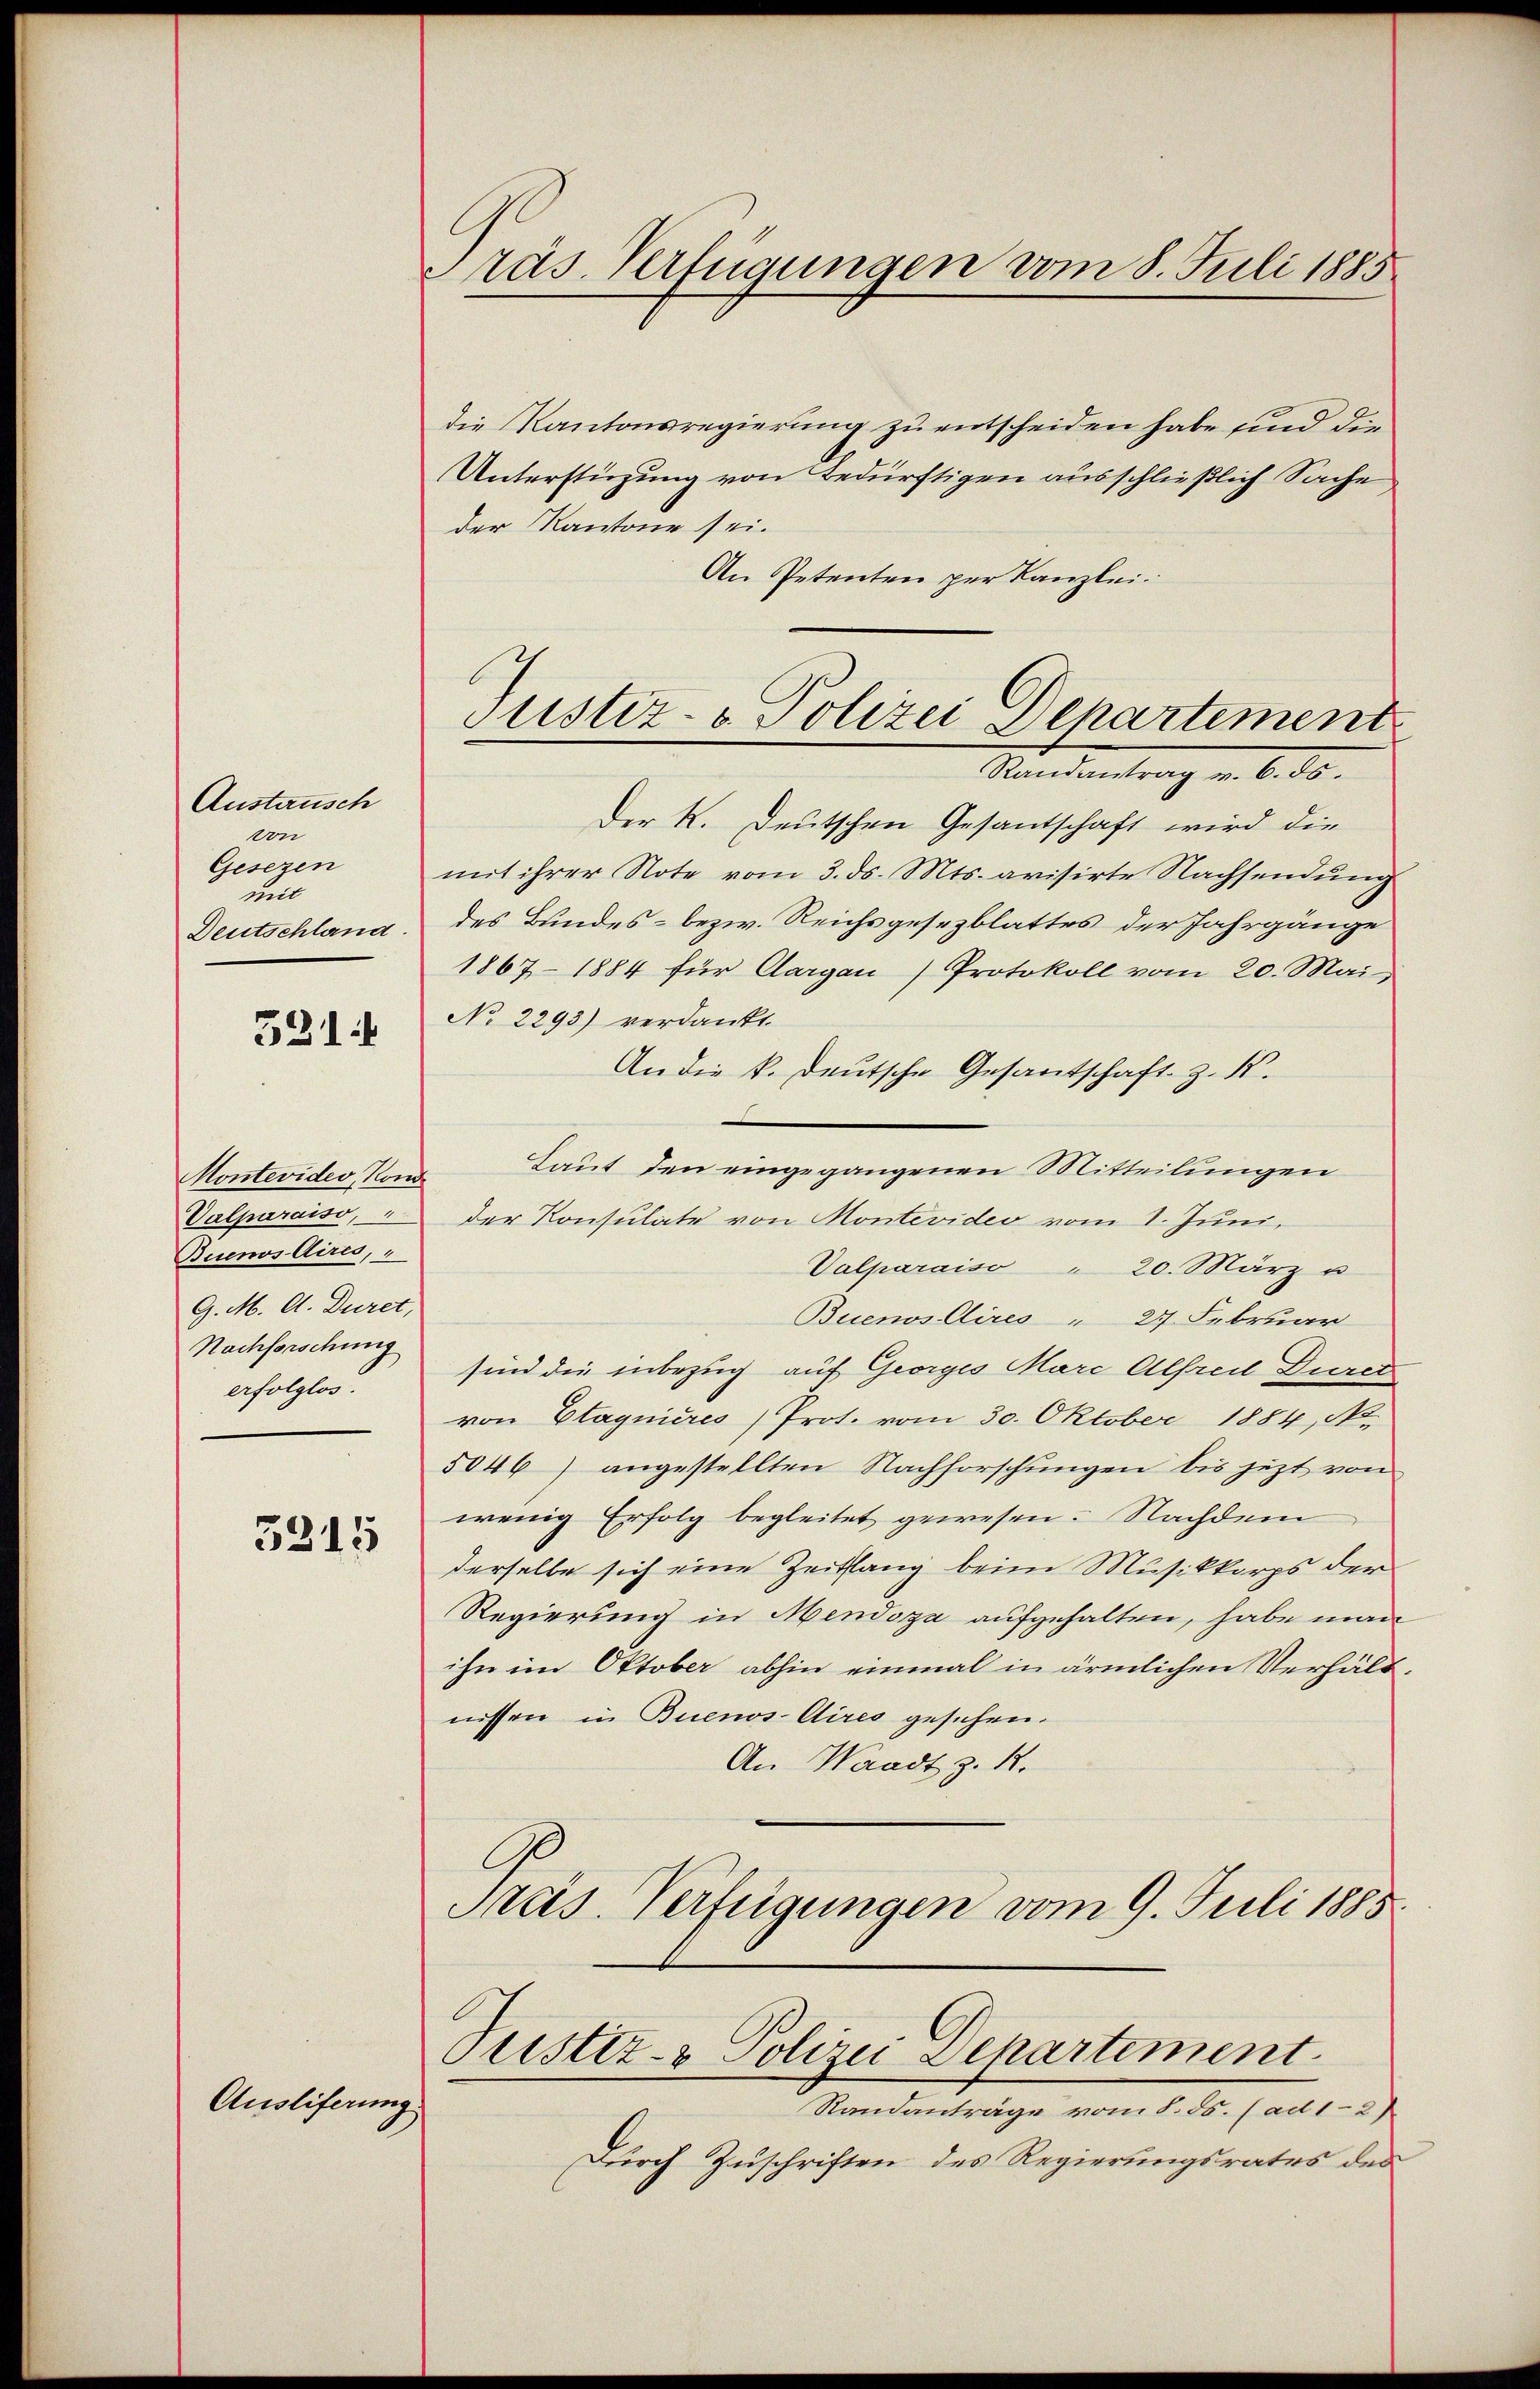
Austausch
von
Gesezen
mit
Deutschland.

Montevides, Konde
Valparaiso,
Buenos Aires,
G. M. A. Duret,
Nachforschung
erfolglos.

3211

3315

Ausliferung

Präs. Verfügungen vom 8. Juli 1885

Justiz- & Polizei Departement
Standentrag u. 6. ds.

Pustiz- & Polizei Departement.

die Kantonsregierung zu entscheiden habe sind die
Unterstüzung von Bedürftigen ausschließlich Sache
der Kantone sei.
An Petenten per Kanzlei.
Der K. Deutschen Gesantschaft wird die
mit ihrer Note vom 3. ds. Mts. avisirte Nachsendung
des Bundes- bezw. Reichsgesezblattes der Jahrgänge
1867 - 1884 für Aargau) Protokoll vom 20. Mai
No 2293) verdankt.
An die k. deutsche Gesantschaft z. K.
Laut den eingegangenen Mitteilungen
der Konsulate von Montevideo vom 1. Juni,
Valparaiso " 20. März u
Buenos Aires - 27. Februar
sind die inbezug auf Georges Marc Alfreil Durch
von Etagnieres Prot. vom 30. Oktober 1884, No.
5046) angestellten Nachforschŭngen bis jezt von
wenig Erfolg begleitet gewesen. Nachdem
derselbe sich eine Zeitlang beim Musikkorps der
Regierung in Mendoza aufgehalten, habe man
ihn im Oktober abhin einmal in ärmlichen Verhältnissen in Buenos-Aires gesehen.
An Waadt z. R.
Pras. Verfügungen vom 9. Juli 1885.

Randanträge vom 8. ds. (ad 1-2)
Durch Zuschriften des Regierungsrates des